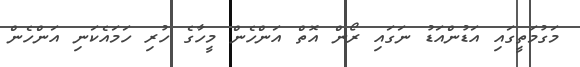
މަގުމަތީގައި އަޑުންއަޑު ނަގައި ރޯން އޮތް އަންހެން މީހާގެ ހުރި ހަމައެކަނި އަންހެން